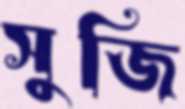
সুজি